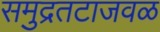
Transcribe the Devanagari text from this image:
समुद्रतटाजवळ